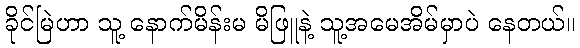
ခိုင်မြဲဟာ သူ့ နောက်မိန်းမ မိဖြူနဲ့ သူ့အမေအိမ်မှာပဲ နေတယ်။